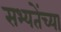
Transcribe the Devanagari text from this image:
सभ्यतेंच्या